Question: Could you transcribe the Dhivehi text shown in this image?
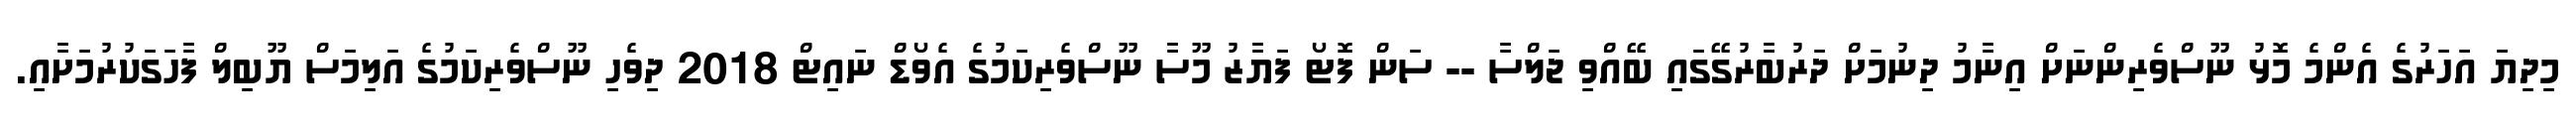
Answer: މިދިޔަ އަހަރުގެ އެންމެ މޮޅު ނޫސްވެރިންނަށް އިނާމު ދިނުމަށް ދަރުބާރުގޭގައި ބޭއްވި ޖަލްސާ -- ސަން ފޮޓޯ ފަޔާޒު މޫސާ ނޫސްވެރިކަމުގެ އެވޯޑް ނައިޓް 2018 ދިވެހި ނޫސްވެރިކަމުގެ އަލިމަސް ޔޫބިލް ފާހަގަކުރުމަށާއި.